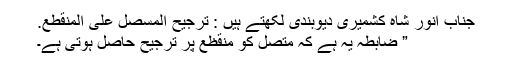
جناب انور شاہ کشمیری دیوبندی لکھتے ہیں : ترجیح المسّصل علی المنقطع.
” ضابطہ یہ ہے کہ متصل کو منقظع پر ترجیح حاصل ہوتی ہے۔